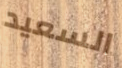
السعيد